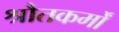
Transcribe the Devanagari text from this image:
श्रौतकर्मों